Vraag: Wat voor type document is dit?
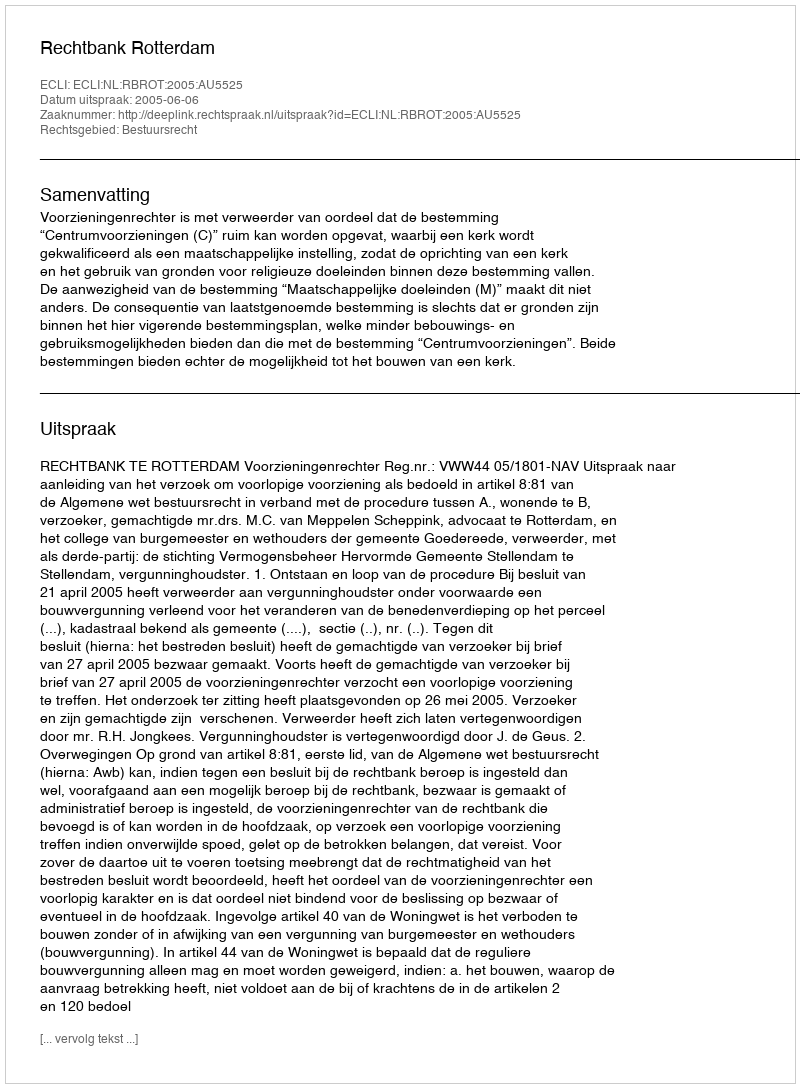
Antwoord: Uitspraak